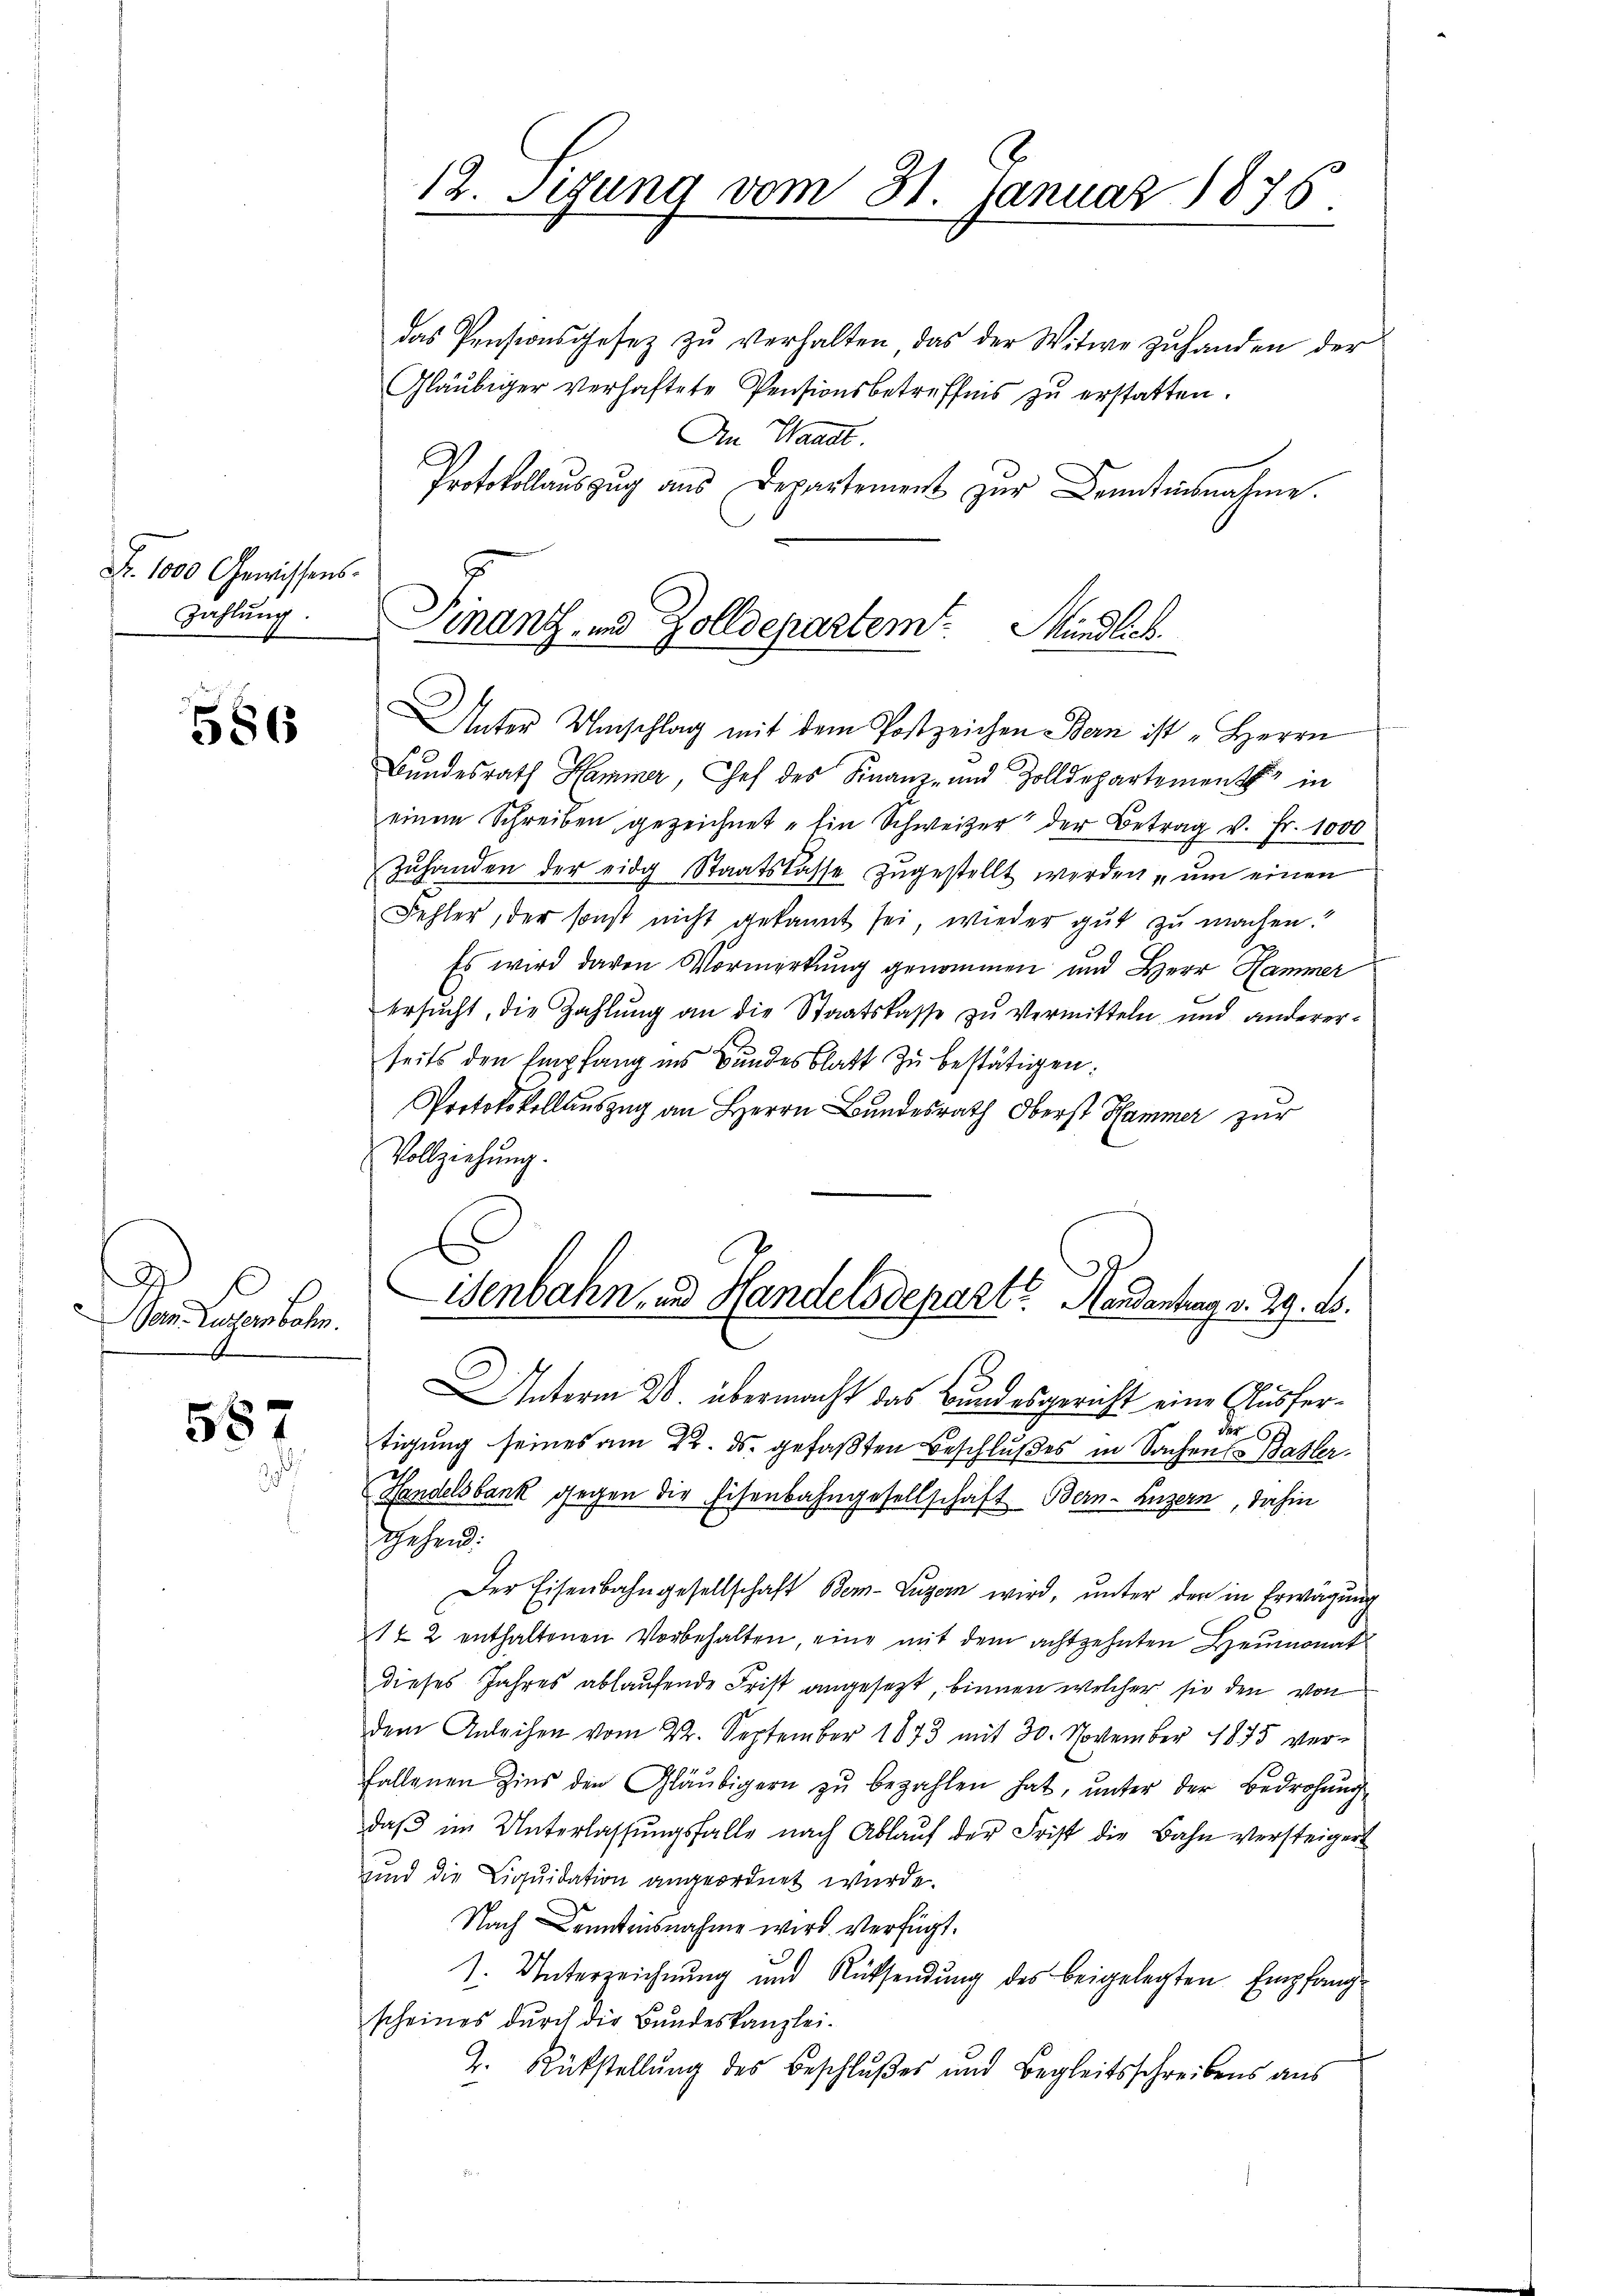
Fr. 1000 Gewissens.
Zahlung.

586

Sensarte

587

12. Segung vom 31 Januar 1876

das Pensionsgesez zŭ verhalten das der Witwe zŭ handen der
Gläubiger verhaftete Pensionsbetreffens zu erstatten.
An Waadt.
Protokollaŭszŭg ans Departement zŭr Kenntnisnahme.
Finanz- u. Zolldepartem Mindlich

Unter Umschlag mit dem Postzeichen Bern ist "Herrn
Bundesrath Hammer, Chef des Finanz- und Zolldepartement in
einem Schreiben gezeichnet "Ein Schweizer der Betrag v. Fr. 1000
Zŭhanden der eidg Staatskasse zŭgestellt werden, ŭm einen
Fehler, der sonst nicht gekannt sei, wieder gut zu machen.
Es wird davon Vormerkung genommen und Herr Hammer
ersŭcht, die Zahlŭng an die Staatskasse zŭ vermitteln und anderer-
seits den Empfang ins Bundesblatt zu bestätigen.
Protokokollaŭszŭg an Herrn Bŭndesrath Oberst Hammer zur
Vollziehung.
Unterm 28. übermacht das Bundesgericht eine Ausfer¬
Fr 62
tigung seines am 22. ds. gefaßten Beschlußes in Sachen Basler¬
Handelsbank gegen die Eisenbahngesellschaft Bern-Luzern, dahin
hehend.
Der Eisenbahngesellschaft Ber-Luzern wird, unter der in Erwägung
12 enthaltenen Vorbehalten, eine mit dem achtzehnten Heumonat
dieses Jahres ablaufende Frist angesezt, binnen welcher sie den von
dem Anleihen vom 22. September 1873 mit 30. November 1875 verfallenen Zins den Gläubigern zŭ bezahlen hat, ŭnter der Bedrohŭng
daβ im Unterlassŭngsfalle nach Ablaŭf der Frist die Bahn versteigert
und die Liquidation angeordnet wurde.
Nach Kenntnisnahme wird. Verfügt.
1. Unterzeichnung und Rücksendŭng des beigelegten Empfang-
scheines durch die Bundeskanzlei-
2. Rückstellung des Beschlußes und Begleitsschreibens aus

enbahn und Handelsdepart. Handenburg v. 29. 15.